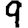
Digit: 9